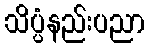
သိပ္ပံနည်းပညာ